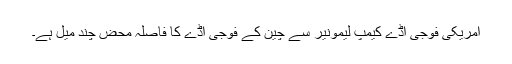
امریکی فوجی اڈے کیمپ لیمونیر سے چین کے فوجی اڈے کا فاصلہ محض چند میل ہے۔